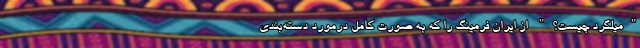
"میلگرد چیست؟" از ایران فرمینگ را که به صورت کامل درمورد دسته‌بندیِ